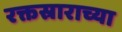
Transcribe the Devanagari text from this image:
रक्तस्राराच्या